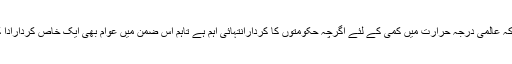
انہوں نے کہا کہ عالمی درجہ حرارت میں کمی کے لئے اگرچہ حکومتوں کا کردارانتہائی اہم ہے تاہم اس ضمن میں عوام بھی ایک خاص کردارادا کر سکتے ہیں۔